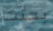
بحثت